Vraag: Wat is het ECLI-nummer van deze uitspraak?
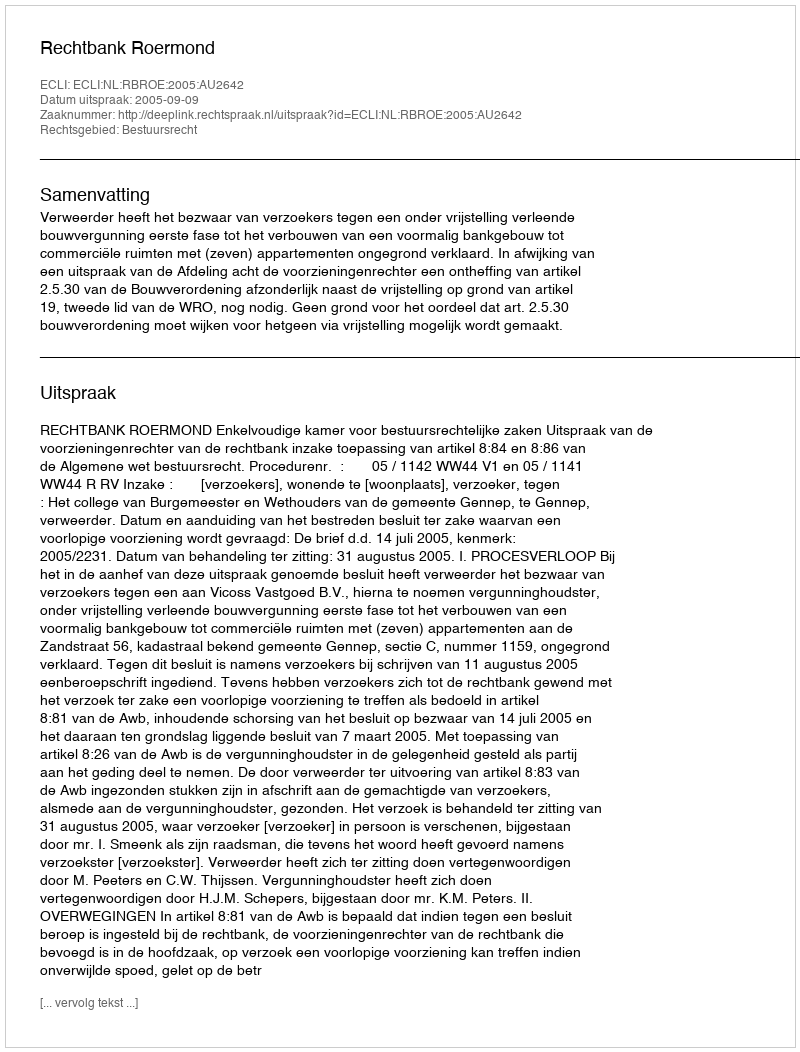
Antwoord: ECLI:NL:RBROE:2005:AU2642